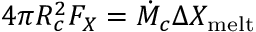
4 \pi R _ { c } ^ { 2 } F _ { X } = \dot { M } _ { c } \Delta X _ { \mathrm { m e l t } }